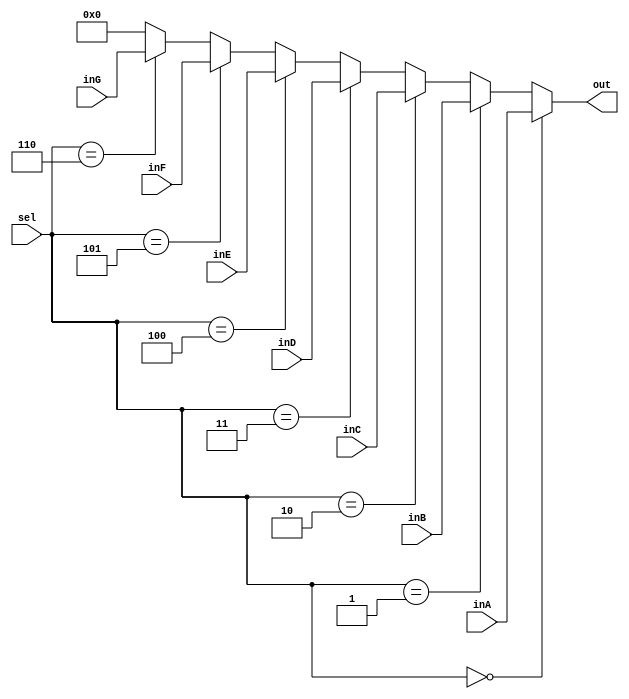
`timescale 1ns / 1ps
//////////////////////////////////////////////////////////////////////////////////
// Company: 
// Engineer: 
// 
// Design Name: 
// Module Name: Mux32Bit7To1
// Project Name: 
// Target Devices: 
// Tool Versions: 
// Description: 
// 
// Dependencies: 
// 
// Revision:
// Revision 0.01 - File Created
// Additional Comments:
// 
//////////////////////////////////////////////////////////////////////////////////


module Mux32Bit7To1(
        inA, 
        inB, 
        inC, 
        inD, 
        inE, 
        inF, 
        inG, 
        sel, 
        out
    );
    
    output reg [31:0] out;
    
    input [31:0] inA, inB, inC, inD, inE, inF, inG;
    input [2:0] sel;

    always@(*) begin
        out <= 32'd0;
        if(sel == 3'd0)
            out <= inA;
        else if(sel == 3'd1)
            out <= inB;
        else if(sel == 3'd2)
            out <= inC;
        else if(sel == 3'd3)
            out <= inD;
        else if(sel == 3'd4)
            out <= inE;
        else if(sel == 3'd5)
            out <= inF;
        else if(sel == 3'd6)
            out <= inG;
    end 
    
endmodule